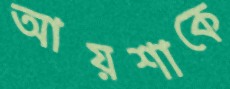
আয়শাকে